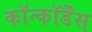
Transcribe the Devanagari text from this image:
कॉन्कॉर्डैंस